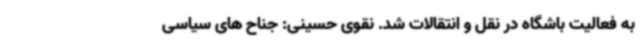
به فعالیت باشگاه در نقل و انتقالات شد. نقوی حسینی: جناح های سیاسی